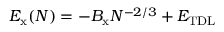
E _ { \mathrm { x } } ( N ) = - B _ { \mathrm { x } } N ^ { - 2 / 3 } + E _ { \mathrm { T D L } }